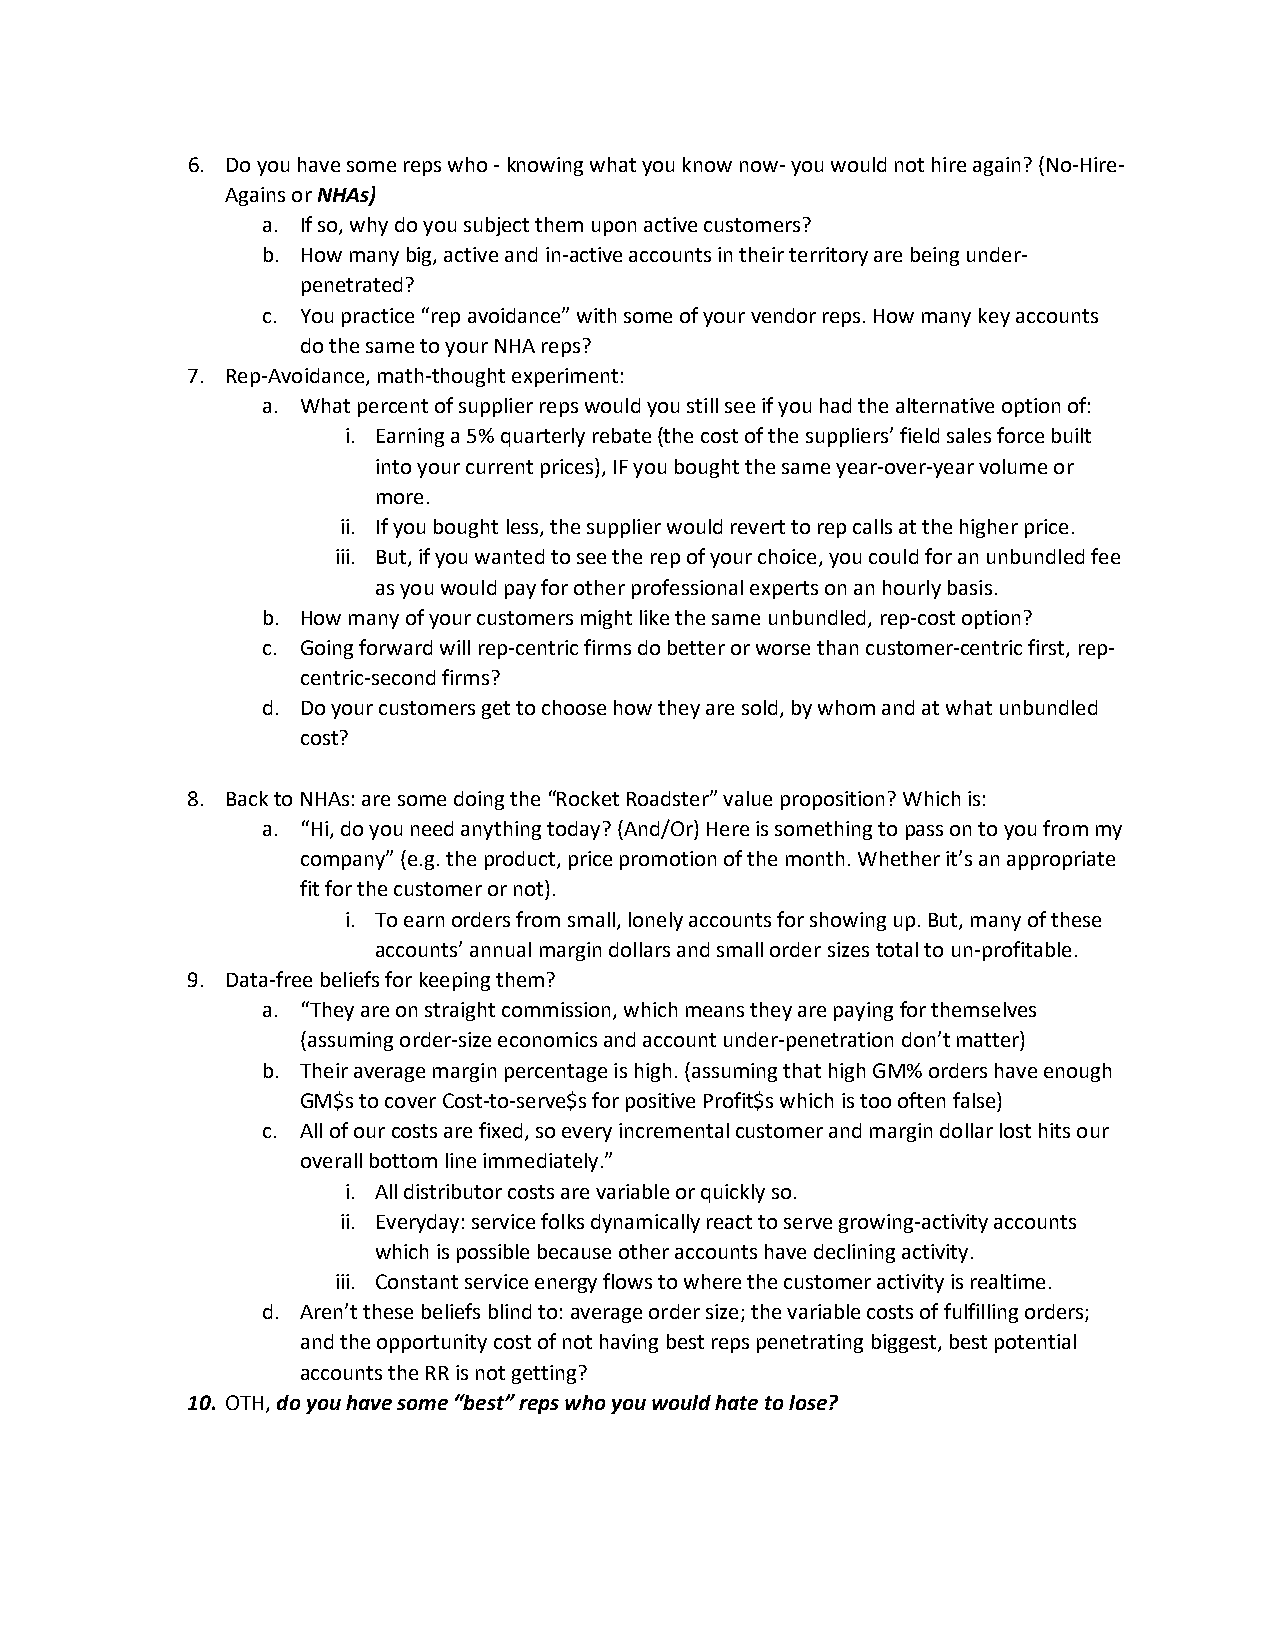
6. Do you have some reps who - knowing what you know now- you would not hire again? (No-Hire-
 Agains or NHAs)
 a. If so, why do you subject them upon active customers?
 b. How many big, active and in-active accounts in their territory are being under-
 penetrated?
 c. You practice “rep avoidance” with some of your vendor reps. How many key accounts
 do the same to your NHA reps?
 7. Rep-Avoidance, math-thought experiment:
 a. What percent of supplier reps would you still see if you had the alternative option of:
 i. Earning a 5% quarterly rebate (the cost of the suppliers’ field sales force built
 into your current prices), IF you bought the same year-over-year volume or
 more.
 ii. If you bought less, the supplier would revert to rep calls at the higher price.
 iii. But, if you wanted to see the rep of your choice, you could for an unbundled fee
 as you would pay for other professional experts on an hourly basis.
 b. How many of your customers might like the same unbundled, rep-cost option?
 c. Going forward will rep-centric firms do better or worse than customer-centric first, rep-
 centric-second firms?
 d. Do your customers get to choose how they are sold, by whom and at what unbundled
 cost?
 8. Back to NHAs: are some doing the “Rocket Roadster” value proposition? Which is:
 a. “Hi, do you need anything today? (And/Or) Here is something to pass on to you from my
 company” (e.g. the product, price promotion of the month. Whether it’s an appropriate
 fit for the customer or not).
 i. To earn orders from small, lonely accounts for showing up. But, many of these
 accounts’ annual margin dollars and small order sizes total to un-profitable.
 9. Data-free beliefs for keeping them?
 a. “They are on straight commission, which means they are paying for themselves
 (assuming order-size economics and account under-penetration don’t matter)
 b. Their average margin percentage is high. (assuming that high GM% orders have enough
 GM$s to cover Cost-to-serve$s for positive Profit$s which is too often false)
 c. All of our costs are fixed, so every incremental customer and margin dollar lost hits our
 overall bottom line immediately.”
 i. All distributor costs are variable or quickly so.
 ii. Everyday: service folks dynamically react to serve growing-activity accounts
 which is possible because other accounts have declining activity.
 iii. Constant service energy flows to where the customer activity is realtime.
 d. Aren’t these beliefs blind to: average order size; the variable costs of fulfilling orders;
 and the opportunity cost of not having best reps penetrating biggest, best potential
 accounts the RR is not getting?
 10. OTH, do you have some “best” reps who you would hate to lose?